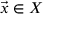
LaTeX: { \vec { x } } \in X